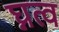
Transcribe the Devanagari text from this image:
घ्नत्व